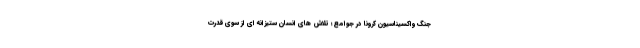
جنگ واكسيناسيون كرونا در جوامع؛ تلاش های انسان ستیزانه اي از سوي قدرت